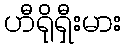
ဟီရိုရှီးမား